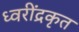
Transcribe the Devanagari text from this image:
ध्वरींद्रकृत